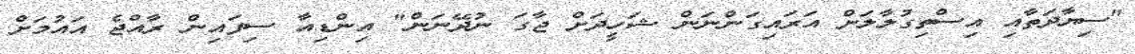
"ސިޔާދަތާއި އިސްތިގުލާލަށް އަރައިގަންނަން ޝަހީދަށް ޖާގަ ނުދޭނަން" އިންޑިއާ ސިފައިން ރާއްޖެ އައުމަށް